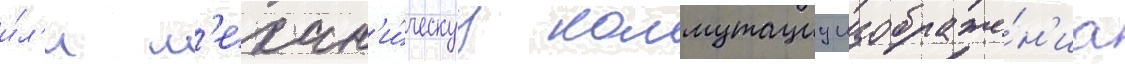
и́л'и м'ехан'и́ческуу коммутациу изображе́н'иа